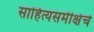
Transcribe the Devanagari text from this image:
साहित्यसमीक्षेचे